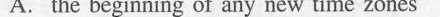
A. the beginning of any new time zones